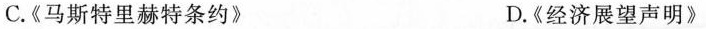
C.《马斯特里赫特条约》 D.《经济展望声明》